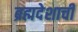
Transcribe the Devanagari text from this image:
ब्रह्मदेशाची